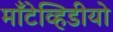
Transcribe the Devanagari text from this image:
माँटेव्हिडीयो